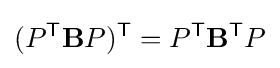
(P^{\mathsf {T}}\mathbf {B} P)^{\mathsf {T}}=P^{\mathsf {T}}\mathbf {B} ^{\mathsf {T}}P